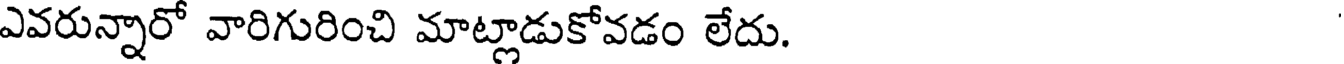
ఎవరున్నారో వారిగురించి మాట్లాడుకోవడం లేదు.